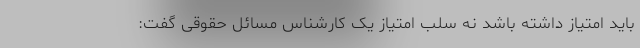
باید امتیاز داشته باشد نه سلب امتیاز یک کارشناس مسائل حقوقی گفت: